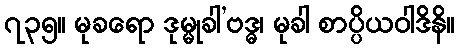
၇၃၅။ မုခရော ဒုမ္မုခါ’ဗဒ္ဓ၊ မုခါ စာပ္ပိယဝါဒိနိ။